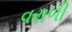
વરાળી